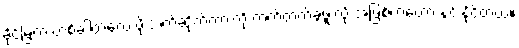
ခိုင်မြဲက တစ်ခါတလေ ဖိုးသက်ဆိုက်ကားကို တက်တက်ခွဖူးလို့ အဖြစ်ကတော့ နင်းနိုင်တယ်။